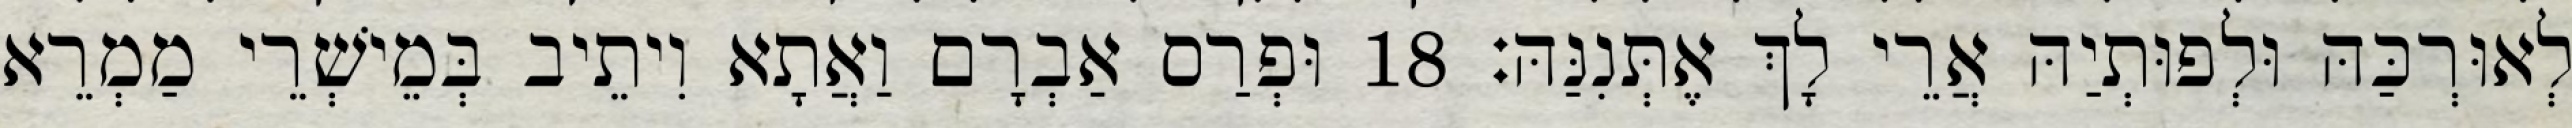
לְאוּרְכַּהּ וּלְפוּתְיַהּ אֲרֵי לָךְ אֶתְּנִנַּהּ׃ 18 וּפְרַס אַבְרָם וַאֲתָא וִיתֵיב בְּמֵישְׁרֵי מַמְרֵא